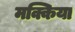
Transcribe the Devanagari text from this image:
मक्किया